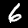
Digit: 6